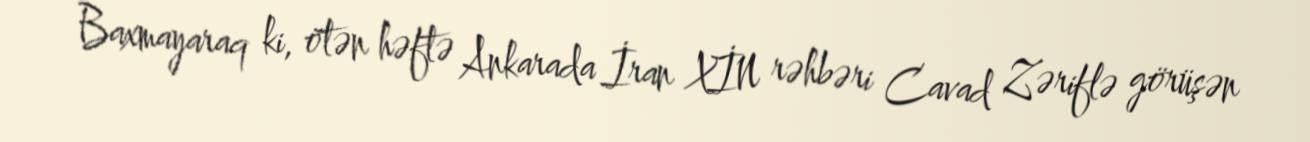
Baxmayaraq ki, ötən həftə Ankarada İran XİN rəhbəri Cavad Zəriflə görüşən